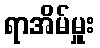
ရာအိမ်မှူး